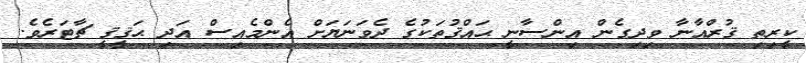
ކީރިތި ޤުރްއާނާ ވިދިގެން އިންސާނީ ޙައްޤުތަކުގެ ދެވަނަޔަށް އެންމެއިސް އަދި ޙަޤީޤީ ޗާޓަރެވެ.